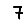
Digit: 7